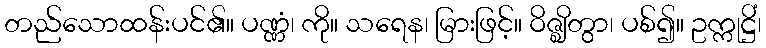
တည်သောထန်းပင်၏။ ပဏ္ဏံ၊ ကို။ သရေန၊ မြားဖြင့်။ ဝိဇ္ဈိတွာ၊ ပစ်၍။ ဥက္ကုဋ္ဌိံ၊